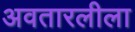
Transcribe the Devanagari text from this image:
अवतारलीला